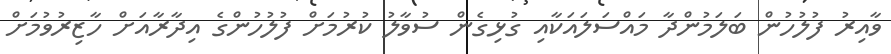
ވާއިރު ފުލުހުން ބަލަމުންދާ މައްސަލައަކާއި ގުޅިގެން ސުވާލު ކުރުމަށް ފުލުހުންގެ އިދާރާއަށް ހާޒިރުވުމަށް